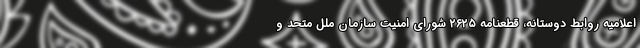
اعلامیه روابط دوستانه، قطعنامه ۲۶۲۵ شورای امنیت سازمان ملل متحد و